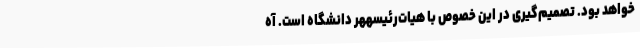
خواهد بود. تصمیم‌گیری در این خصوص با هیات‌رئیسههر دانشگاه است. آه